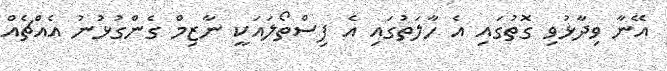
އޭނާ ވިދާޅުވި ގޮތުގައި އެ ހާލަތުގައި އެ ފިސްތޯލައަކީ ނާޒިމް ގެންގުޅުނު އެއްޗެއް